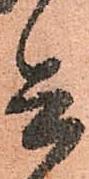
兵